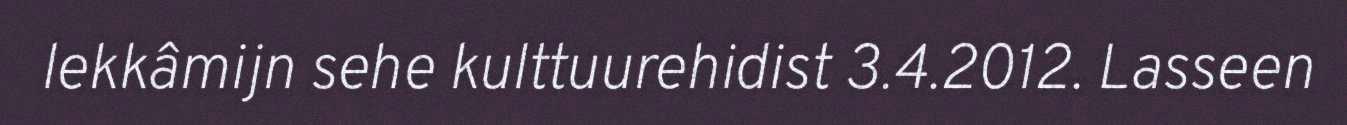
lekkâmijn sehe kulttuurehidist 3.4.2012. Lasseen